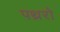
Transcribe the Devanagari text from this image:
पथ्ररो